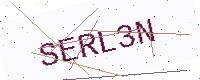
Text: SERL3N